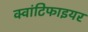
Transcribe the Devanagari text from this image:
क्वांटिफाइयर